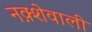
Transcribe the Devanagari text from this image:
नक़्शेवाली